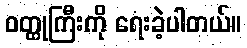
ဝတ္ထုကြီးကို ရေးခဲ့ပါတယ်။